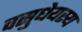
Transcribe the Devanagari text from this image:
वसुधेयस्य